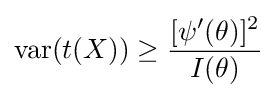
\operatorname {var} (t(X))\geq {\frac {[\psi ^{\prime }(\theta )]^{2}}{I(\theta )}}